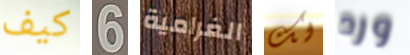
كيف 6 الغرامية لك ورد